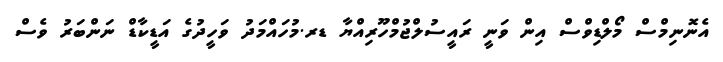
އެނޮނިމްސް މޯލްޑިވްސް އިން ވަނީ ރައީސުލްޖުމްހޫރިއްޔާ ޑރ.މުހައްމަދު ވަހީދުގެ އަޑީކާޑް ނަންބަރު ވެސް